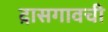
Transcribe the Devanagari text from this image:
द़ासगावची